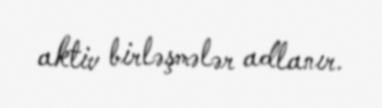
aktiv birləşmələr adlanır.